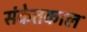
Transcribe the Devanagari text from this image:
संकेतकाल